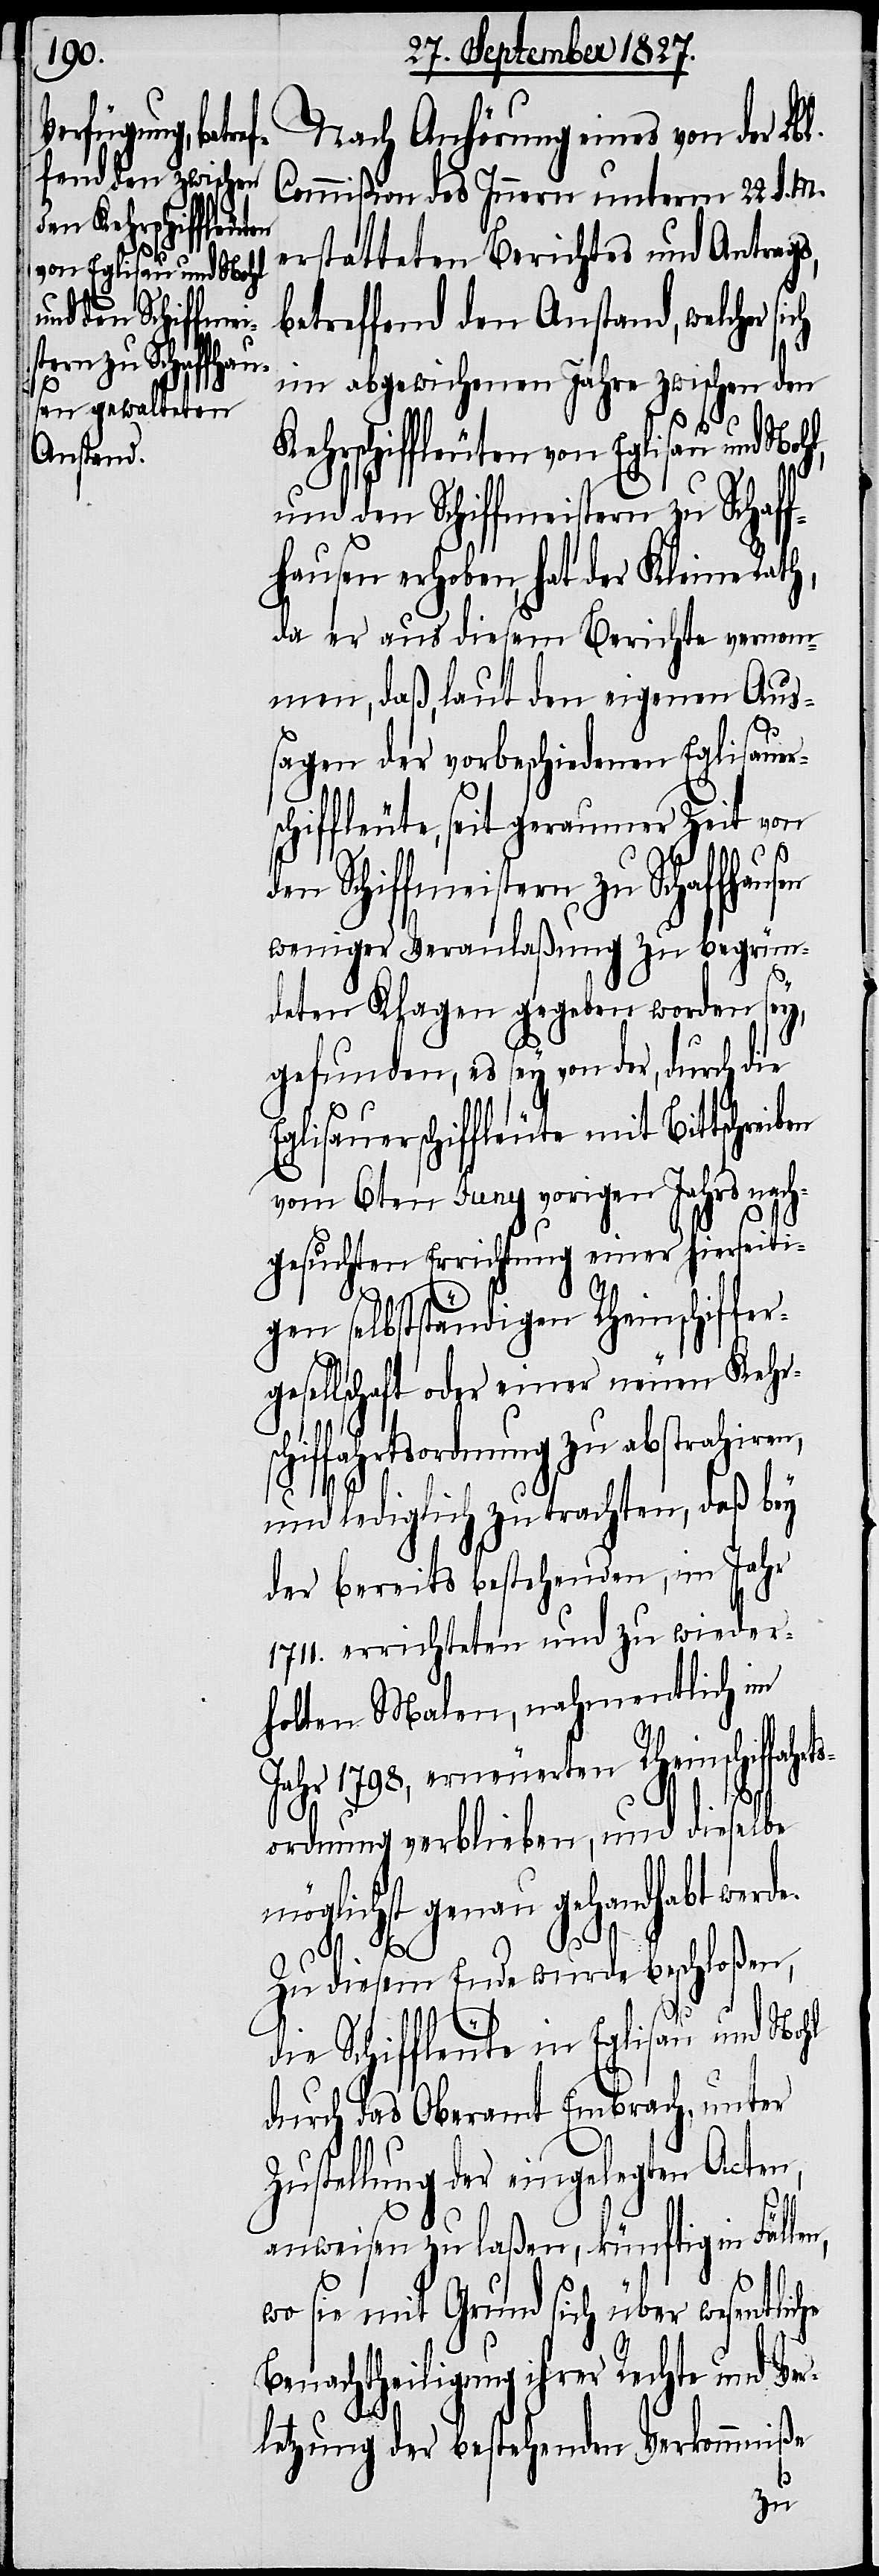
Nach Anhörung eines von der Lb¬
Commißion des Innern unterm 22. d. M.
erstatteten Berichtes und Antrags,
betreffend den Anstand, welcher si¬
im abgewichenen Jahre zwischen den
Kehrschiffleuten von Eglisau und Nohl,
und den Schiffmeistern zu Schaf¬
fhausen erhoben, hat der Kleine Rath,
da er aus diesem Berichte verno¬
mmen, daß, laut den eigenen Aus¬
sagen der vorbeschiedenen Eglisauer¬
schiffleute, seit geraumer Zeit von
l.
den Schiffmeistern zu Schaffhausen
weniger Veranlaßung zu begrün¬
deten Klagen gegeben worden sey,
gefunden, es sey von der, durch die
Eglisauerschiffleute mit Bittschreiben
vom 6ten Juny vorigen Jahrs nach¬
gesuchten Errichtung einer hierseiti¬
gen selbstständigen Rheinschiffer¬
gesellschaft oder einer neuen Kehr¬
hiffahrtsordnung zu abstrahiren,
und lediglich zu trachten, daß bey
der bereits bestehenden, im Jahr
1711. errichteten und zu wieder¬
holten Malen, nahmentlich im
Jahr 1798, erneuerten Rheinschiffahrt¬
sordnung verbleiben, und dieselbe
möglichst genau gehandhabt werde.
n,
Zu diesem Ende wurde beschloßen,
ch
die Schiffleute in Eglisau und Nohl
durch das Oberamt Embrach, unter
Zustellung der eingelegten Acten,
anweisen zu laßen, künftig in Fälle¬
wo sie mit Grund sich über wesentliche
Benachtheiligung ihrer Rechte und Ve¬
rletzung der bestehenden Verkommniße